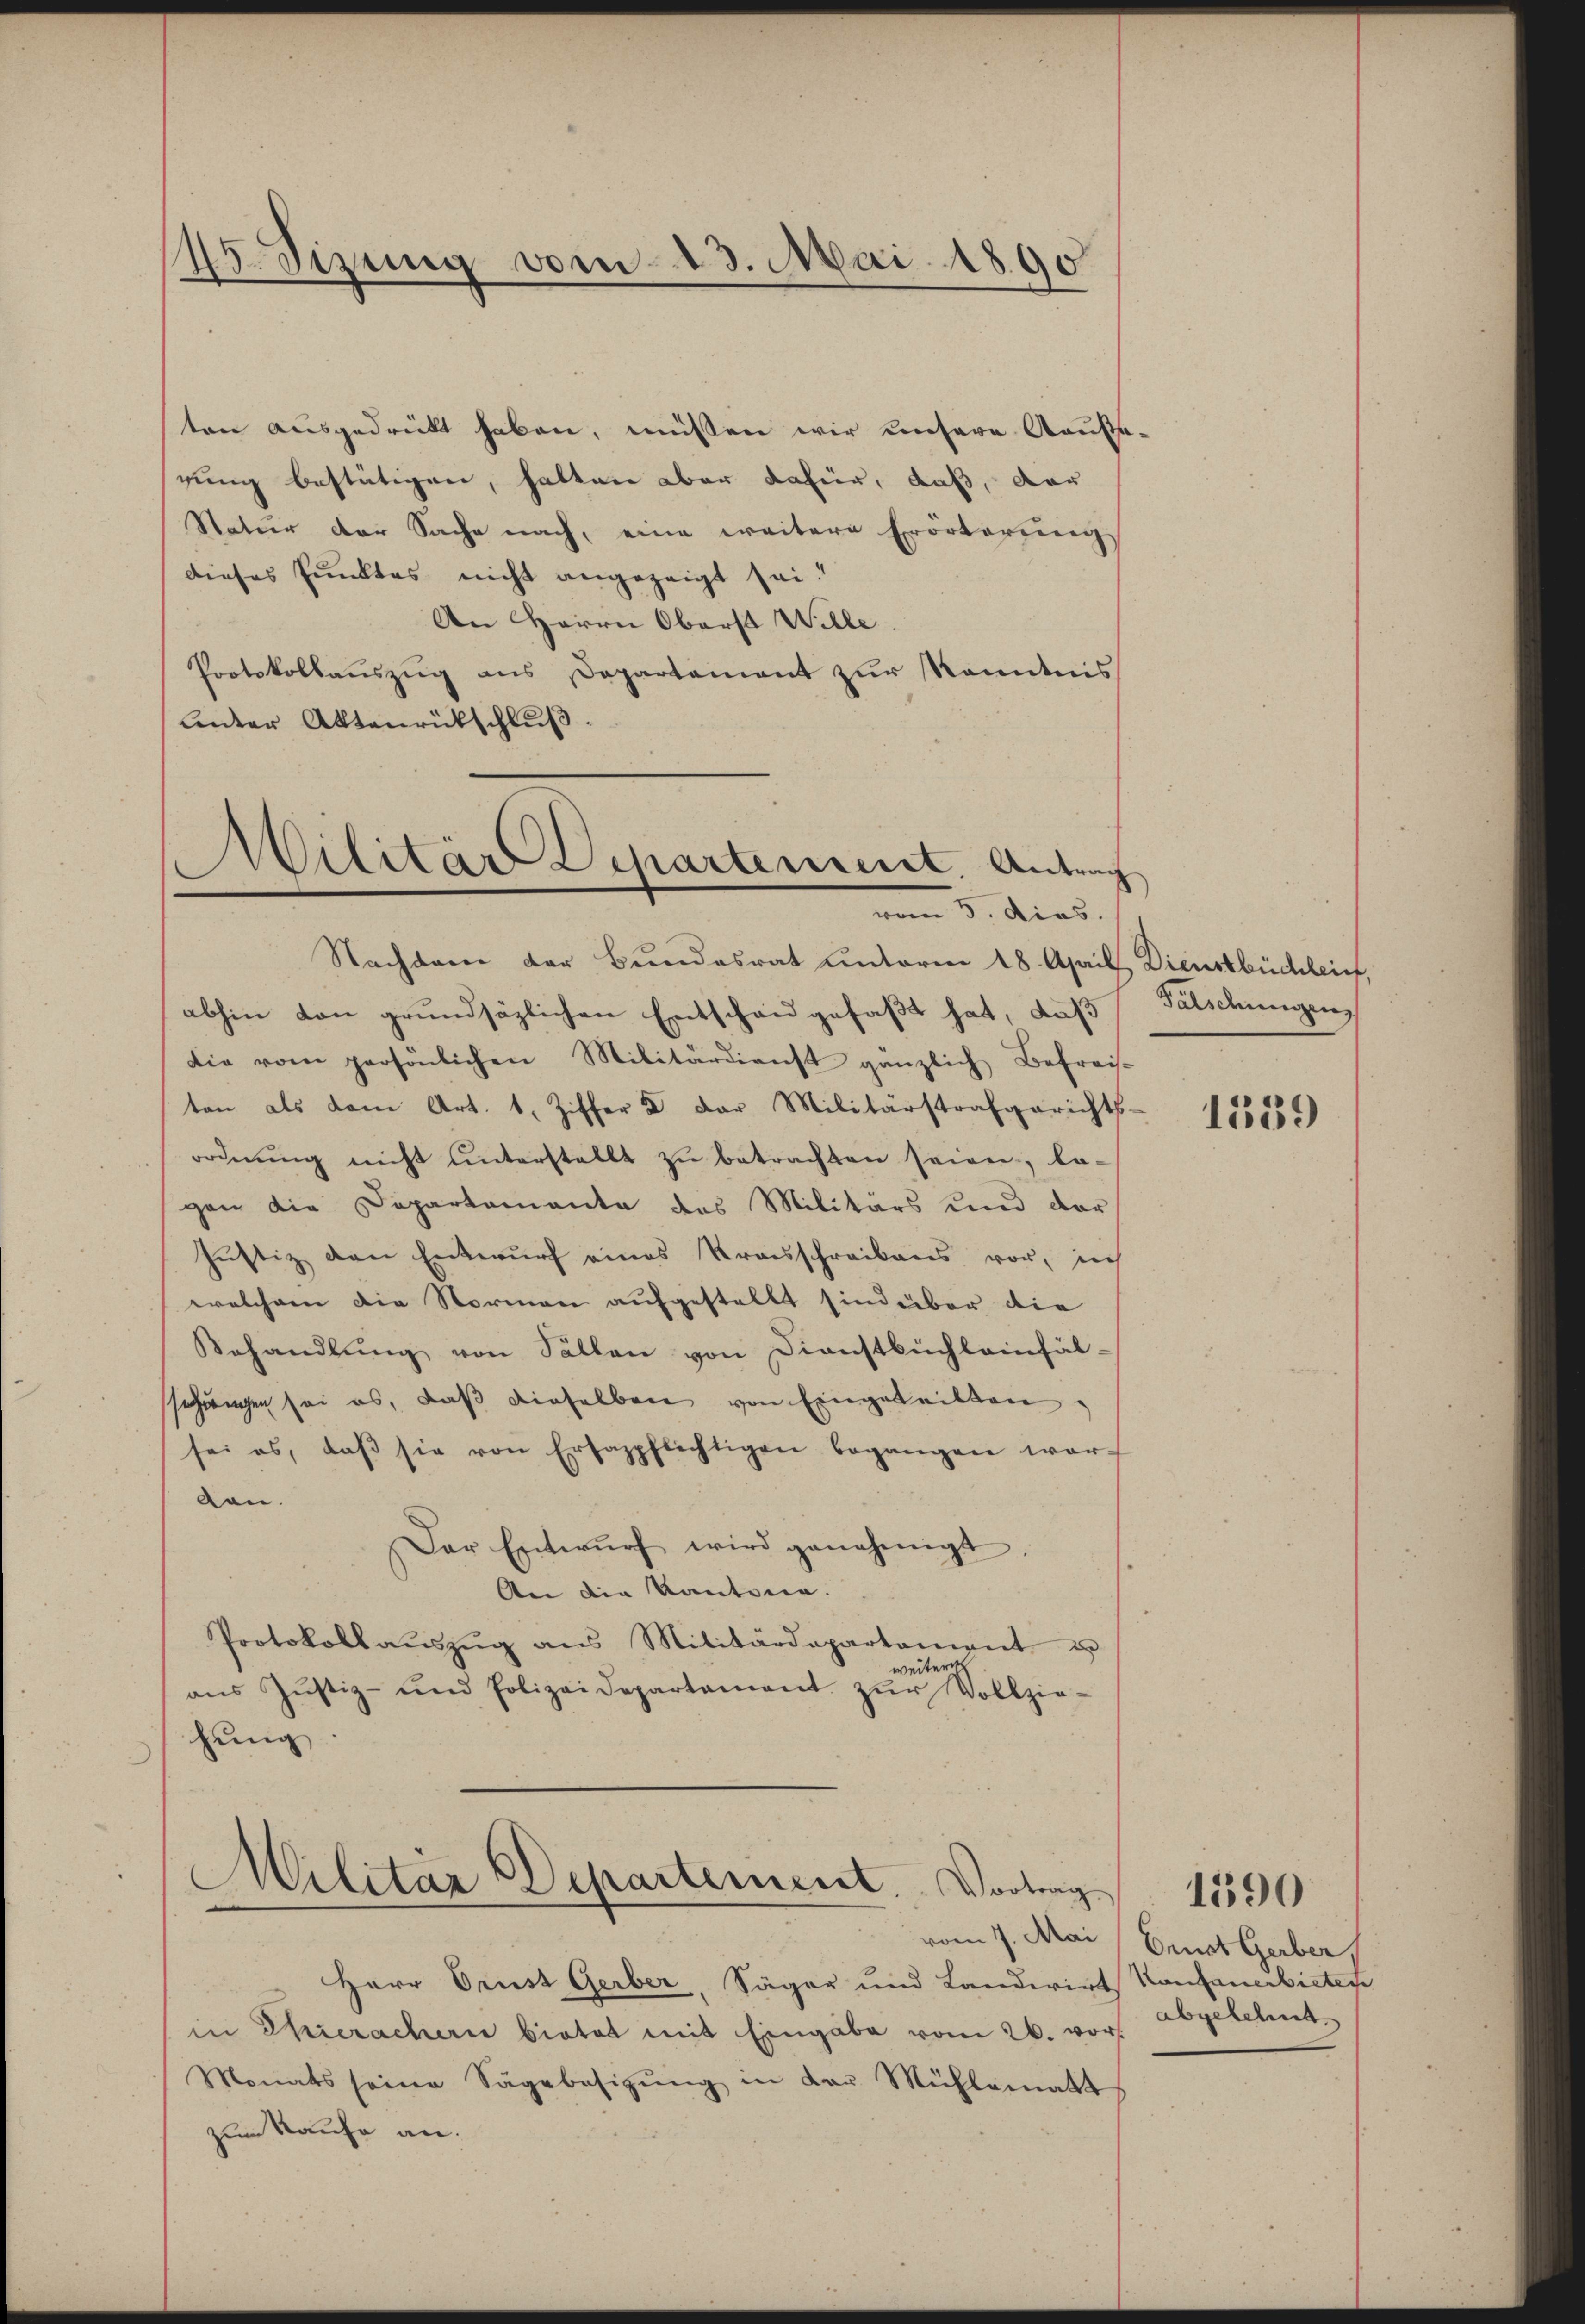
45. Sizung vom 13. Mai 1890

ten ausgedrückt haben, müssen wir unsere Kausa-
rung bestätigen, hatten aber dafür, daß, der
Natur der Sache nach, eine weitere Erörterung
dieses Punktes nicht angezeigt sei.
An Herrn Oberst Wille.
Protokollauszug aus Departement zur Kenntnis
Unter Aktenrückschluß.
Militär Departement. Antrag

vom 5. dies

Militar Departement. Vortrag

Nachdem der Bundesrat unterm 18. April, Dienstbüchleich,
abhin von grundsäzlichen Entschau gefaßt hat, daß
die vom persönlichen Militärdienst gänzlich Befrei-
ton als dem Art. 1, Ziffer D der Militärstrafgerichts-
ordnŭng nicht ŭnterstellt zŭ betrachten seien, la-
gen die Departemente des Militärs und der
Justiz den Entwurf eines Kraisschreibens vor, in
welchem die Normen aufgestellt sind über die
Behandlŭng von Sollen von Dienstbüchleinfäl-
sehungen sei es, daß dieselben von Eingeteilten,
sei es, daβ sie von Ersazpflichtigen begangen war-
gen.
Der Entwŭrf wird genehmigt.
An die Kantona.
Protokoll aŭszŭg ans Militärdepartament u
weitere
ans Jŭstiz- und Polizeidepartement zŭr Vollzie-
hung.

Herr Prust Gerber, Säger und Landwirt Kontanerbietes
in Ehrerachen bietet mit Eingabe vom 26. vor
Monats seine Sagebesizŭng in der Mühlematt
zum Kaufe an.

vom 7. Mai

Falschungen

1559

Ernst Gerber
abgelehnt

1390